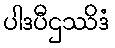
ပါဒပီဌဿိဒံ